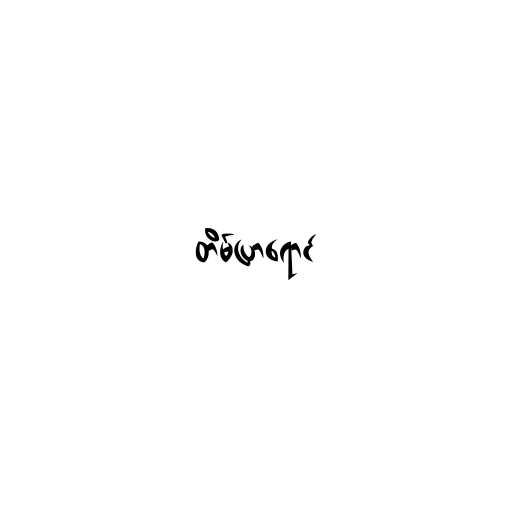
တိမ်ပြာရောင်